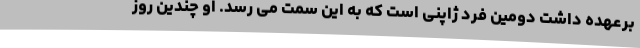
برعهده داشت دومین فرد ژاپنی است که به این سمت می رسد. او چندین روز